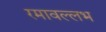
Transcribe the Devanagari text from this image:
रमावल्लभ